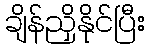
ချိန်ညှိနိုင်ပြီး